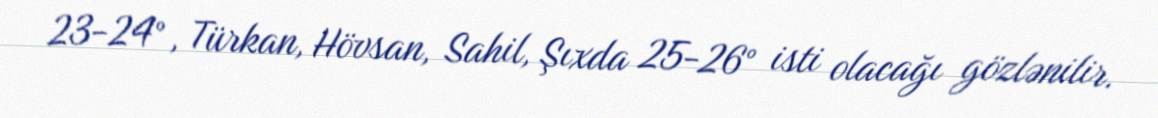
23-24°, Türkan, Hövsan, Sahil, Şıxda 25-26° isti olacağı gözlənilir.